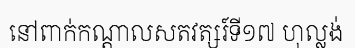
នៅពាក់កណ្តាលសតវត្សរ៍ទី១៧ ហុល្លង់